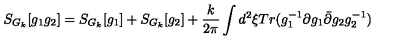
S _ { G _ { k } } [ g _ { 1 } g _ { 2 } ] = S _ { G _ { k } } [ g _ { 1 } ] + S _ { G _ { k } } [ g _ { 2 } ] + \frac { k } { 2 \pi } \int d ^ { 2 } \xi T r ( g _ { 1 } ^ { - 1 } \partial g _ { 1 } \bar { \partial } g _ { 2 } g _ { 2 } ^ { - 1 } )